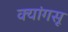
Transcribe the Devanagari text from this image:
क्यांगसू